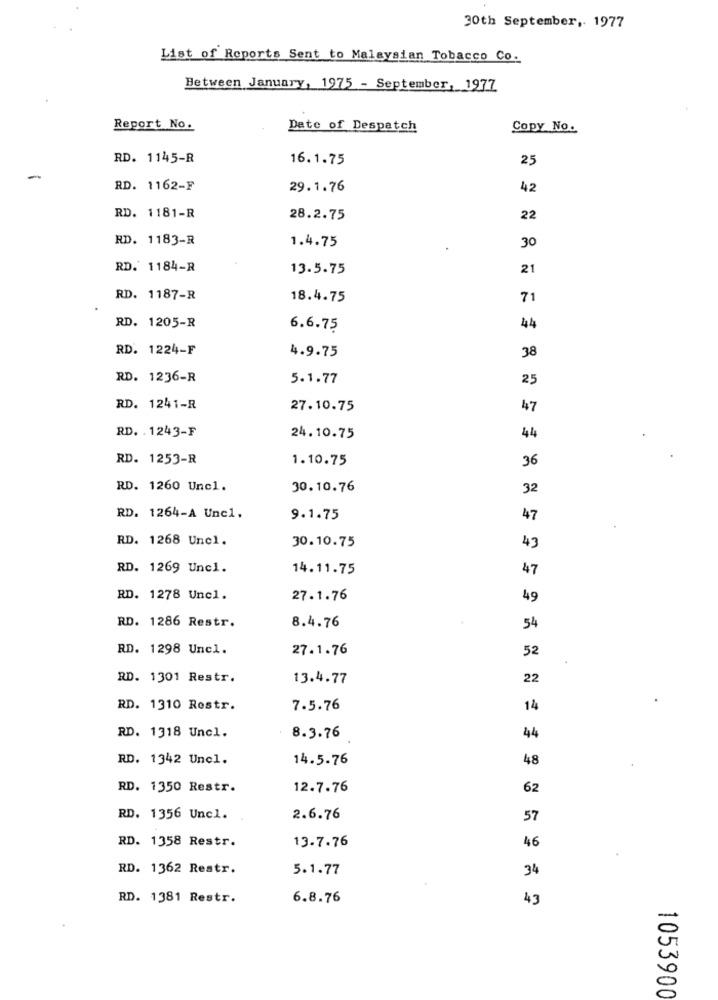
30th September ,. 1977
List of Reports Sent to Malaysian Tobacco Co.
Between January, 1975 - September, 1977
Report No.
Dete of Despatch
Copy No.
RD. 1145-R
16.1.75
25
RD. 1162-F
29.1.76
42
RD. 1181-R
28.2.75
22
RD. 1183-R
1.4.75
30
RD. 1184-R
13.5.75
21
RD. 1187-R
18.4.75
71
RD. 1205-R
6.6.75
44
RD. 1224-F
4.9.75
38
RD. 1236-R
5.1.77
25
RD. 1241-R
27.10.75
47
RD. . 1243-F
24.10.75
44
RD. 1253-R
1.10.75
36
RD. 1260 Unc1.
30.10.76
32
RD. 1264-A Unc1.
9.1.75
47
RD. 1268 Uncl.
30.10.75
43
RD. 1269 Unc1.
14.11.75
47
RD. 1278 Uncl.
27.1.76
49
RD. 1286 Restr.
8.4.76
54
RD. 1298 Uncl.
27.1.76
52
RD. 1301 Restr.
13.4.77
22
RD. 1310 Restr.
7.5.76
14
RD. 1318 Uncl.
8.3.76
44
RD. 1342 Uncl.
14.5.76
48
RD. 1350 Restr.
12.7.76
62
RD. 1356 Uncl.
2.6.76
57
RD. 1358 Restr.
46
13.7.76
RD. 1362 Restr.
5.1.77
34
RD. 1381 Restr.
6.8.76
43
-
1053900